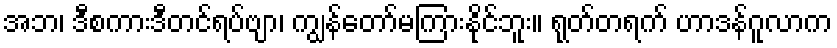
အဘ၊ ဒီစကားဒီတင်ရပ်ဗျာ၊ ကျွန်တော်မကြားနိုင်ဘူး။ ရုတ်တရက် ဟာဒန်ဂူလာက